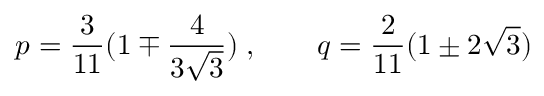
p = \frac { 3 } { 1 1 } ( 1 \mp \frac { 4 } { 3 \sqrt { 3 } } ) \; , \qquad q = \frac { 2 } { 1 1 } ( 1 \pm 2 \sqrt { 3 } )